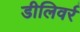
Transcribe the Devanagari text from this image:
डीलिवर्र